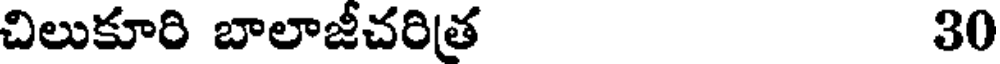
చిలుకూరి బాలాజీచరిత 30